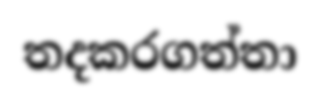
තදකරගත්තා